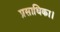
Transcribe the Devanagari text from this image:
प्रसाधिका।